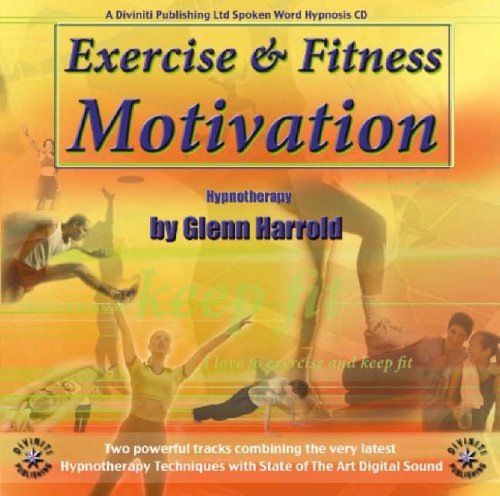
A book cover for Exercise Fitness & Motivation Hypnotherapy; Glenn Harrold; Self-Help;